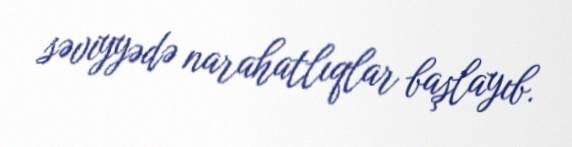
səviyyədə narahatlıqlar başlayıb.